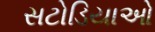
સટોડિયાઓ